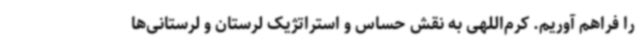
را فراهم آوریم. کرم‌اللهی به نقش حساس و استراتژیک لرستان و لرستانی‌ها